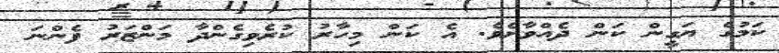
ކަމުގެ ޔަގީން ކަން ދެއްވާށެވެ. އެ ކަން މިހާރު ކުރެވިގެންދާ މަންޒަރު ފެންނަ